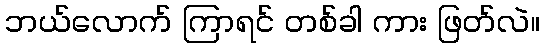
ဘယ်လောက် ကြာရင် တစ်ခါ ကား ဖြတ်လဲ။